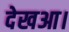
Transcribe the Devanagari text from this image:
देखआ।